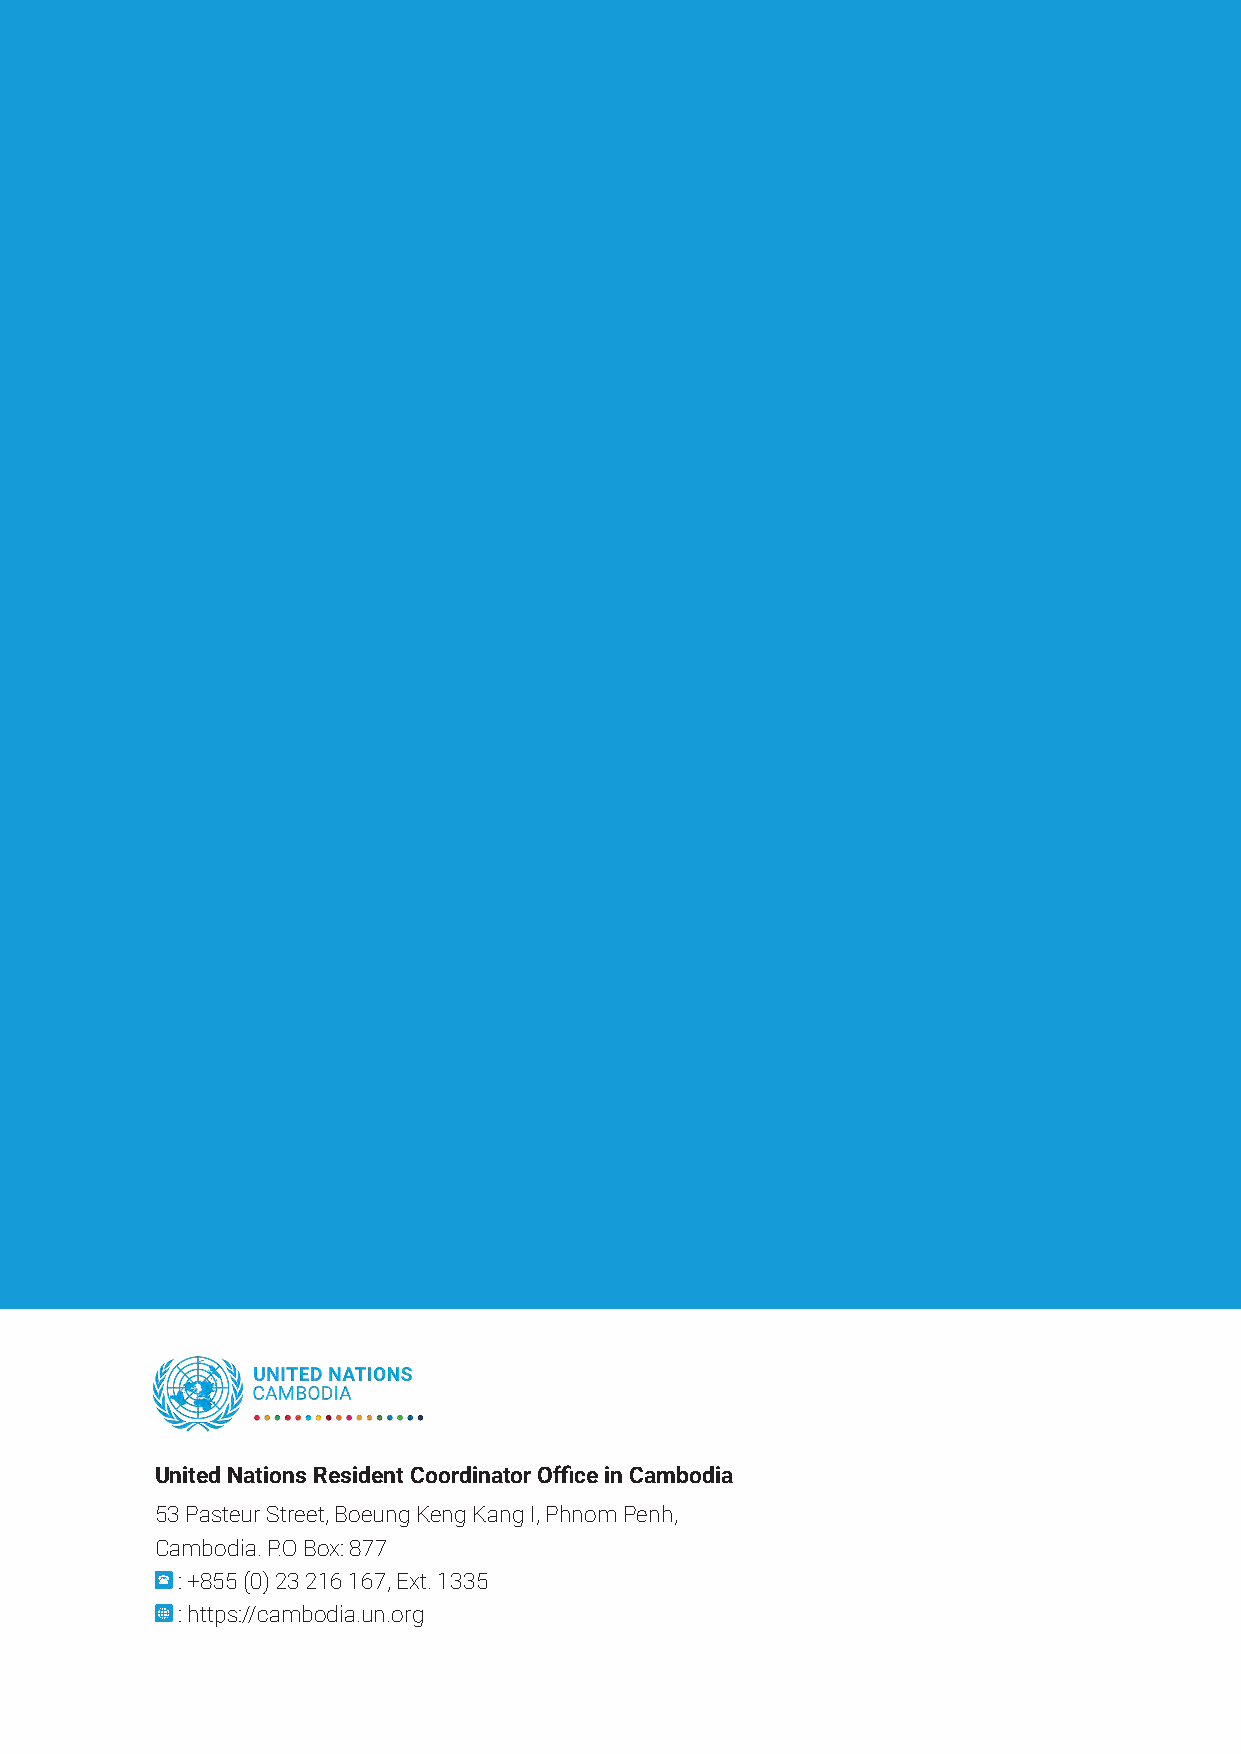
United Nations Resident Coordinator Office in Cambodia
 53 Pasteur Street, Boeung Keng Kang I, Phnom Penh,
 Cambodia. P.O Box: 877
 : +855 (0) 23 216 167, Ext. 1335
 : https://cambodia.un.org